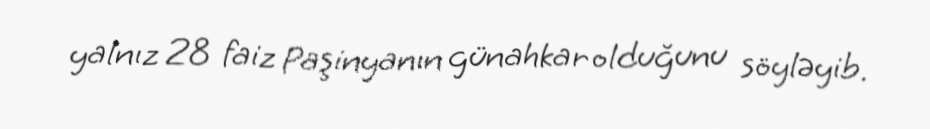
yalnız 28 faiz Paşinyanın günahkar olduğunu söyləyib.